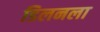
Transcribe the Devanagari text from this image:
डिलनला